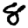
Digit: 8